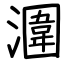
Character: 潿